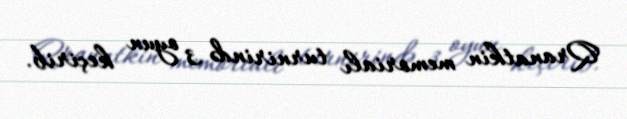
Qranatkin memorialı turnirində 3 oyun keçirib.